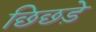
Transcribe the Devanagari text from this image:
छिछड़े